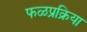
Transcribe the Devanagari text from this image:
फळप्रक्रिया